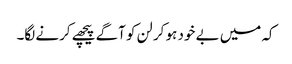
کہ میں بے خود ہو کر لن کو آگے پیچھے کرنے لگا۔